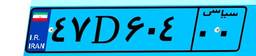
۲۸D۷۱۳۶۶